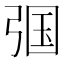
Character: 𱝞